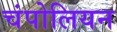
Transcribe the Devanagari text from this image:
चंपोलियन